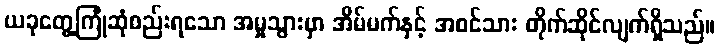
ယခုတွေ့ကြုံဆုံစည်းရသော အမှုသွားမှာ အိမ်မက်နှင့် အစင်သား တိုက်ဆိုင်လျက်ရှိသည်။